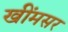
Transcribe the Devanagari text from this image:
खींमसर